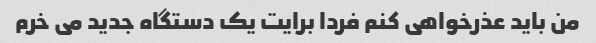
من باید عذرخواهی کنم فردا برایت یک دستگاه جدید می خرم